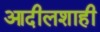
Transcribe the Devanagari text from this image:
आदीलशाही